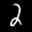
Label: 2